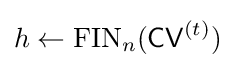
h\leftarrow {\textrm {FIN}}_{n}({\textsf {CV}}^{(t)})